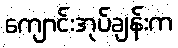
ကျောင်းအုပ်ချန်းက